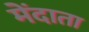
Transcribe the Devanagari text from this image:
मेंदाता